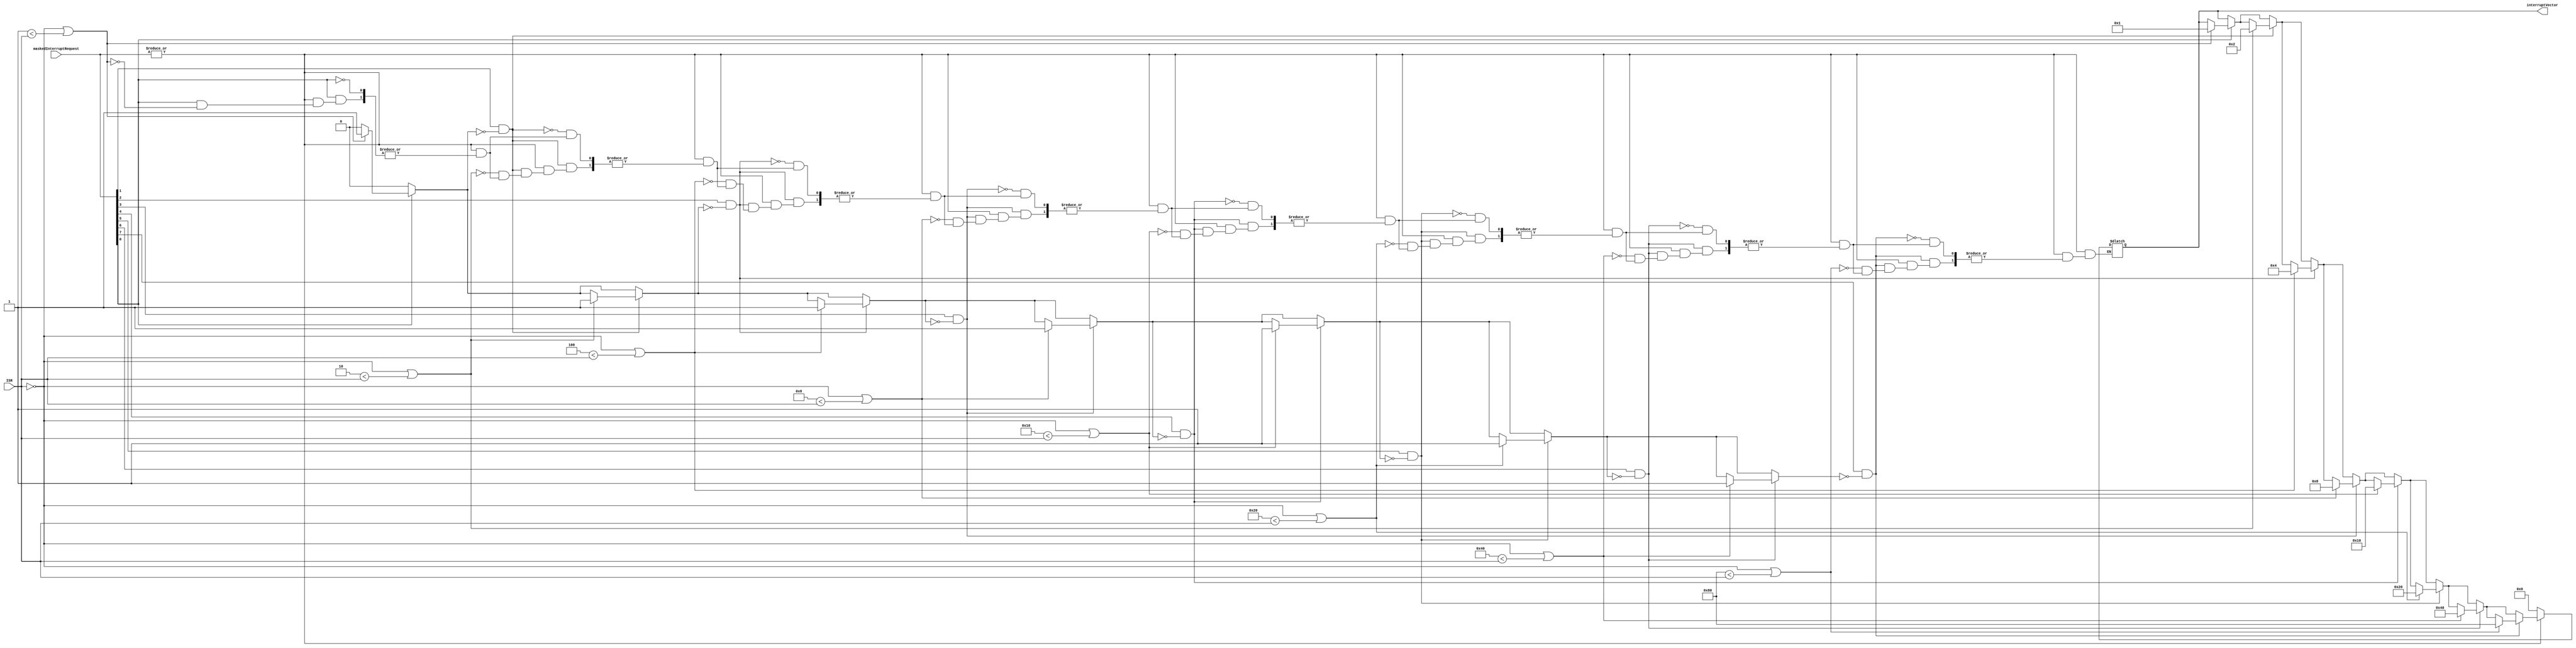
module Priority_Resolver (
    // Inputs
    input [7:0] maskedInterruptRequest, 
    input [7:0] ISR, 
    // Outputs
    output reg [7:0] interruptVector       // Vector indicating the highest priority interrupt
);
    integer i;
    reg [7:0] tempMaskedInterruptRequest; // Intermediate variable to avoid conflict
    reg foundInterrupt; // Flag to indicate if an interrupt is found

    // Check for active interrupt
    always @* begin
        tempMaskedInterruptRequest = maskedInterruptRequest; // Copy the input to the intermediate variable
        if (|tempMaskedInterruptRequest) begin
            // Determine the highest priority interrupt vector
            // In this example, simply select the lowest active interrupt
            foundInterrupt = 0; // Initialize flag
            for (i = 0; i < 8; i = i + 1) begin
                if (tempMaskedInterruptRequest[i] & ~foundInterrupt) begin
                  if((~ISR) || (1 << i < ISR)) begin
                    interruptVector = 1<<i;
                    foundInterrupt = 1; // Set the flag to indicate that an interrupt is found
                  end
                end
            end
        end
        else begin
            interruptVector = 0; // Default vector when no interrupt is active
        end
    end
    
    
endmodule